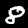
Digit: 8